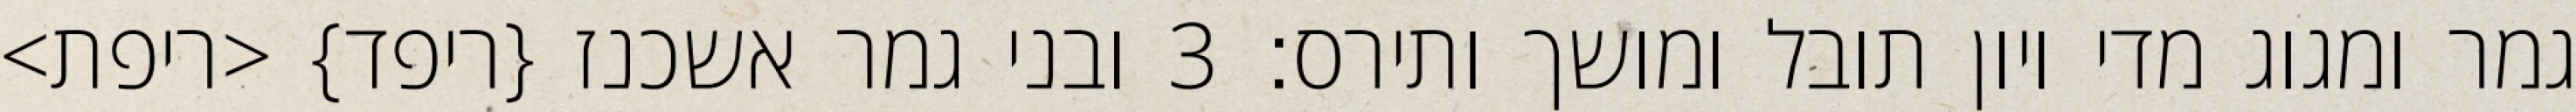
גמר ומגוג מדי ויון תובל ומושך ותירס׃ ‎3‏ ובני גמר אשכנז {ריפד} <ריפת>